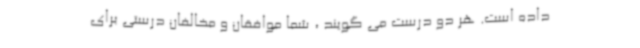
داده است. هر دو درست می گویند ، شما موافقان و مخالفان درستی برای